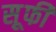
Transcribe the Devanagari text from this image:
स़ूफी